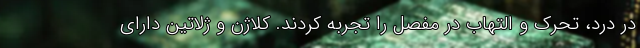
در درد، تحرک و التهاب در مفصل را تجربه کردند. کلاژن و ژلاتین دارای